Civil Veterinary Department. United Provinces 1932-42 - 1932-1942
Year: 1932
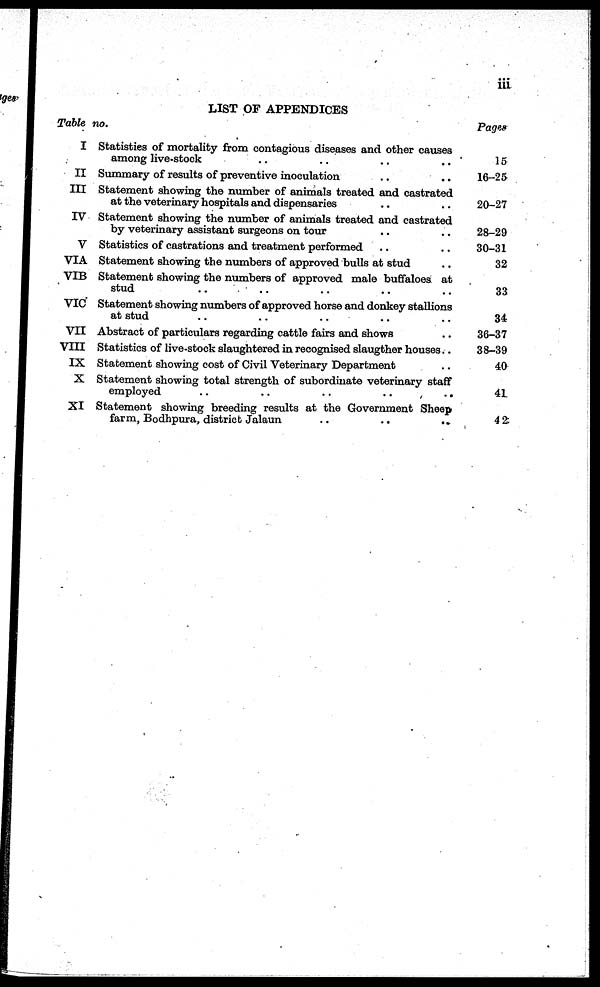
iii
LIST OF APPENDICES
Table no.
I
II
III
IV
V
VIA
VIB
VIC
VII
VIII
IX
X
XI
Statistics of mortality from contagious diseases and other causes
among live-stock .. .. .. ..
Summary of results of preventive inoculation .. ..
Statement showing the number of animals treated and castrated
at the veterinary hospitals and dispensaries .. ..
Statement showing the number of animals treated and castrated
by veterinary assistant surgeons on tour .. ..
Statistics of castrations and treatment performed .. ..
Statement showing the numbers of approved bulls at stud ..
Statement showing the numbers of approved male buffaloes at
stud .. .. .. .. ..
Statement showing numbers of approved horse and donkey stallions
at stud .. .. .. .. ..
Abstract of particulars regarding cattle fairs and shows ..
Statistics of live-stock slaughtered in recognised slaugther houses..
Statement showing cost of Civil Veterinary Department ..
Statement showing total strength of subordinate veterinary staff
employed
..
..
..
..
..
Statement showing breeding results at the Government Sheep
farm, Bodhpura, district Jalaun
..
..
..
Pages
15
16-25
20-27
28-29
30-31
32
33
34
36-37
38-39
40
41
42